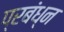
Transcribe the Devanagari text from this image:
प्रबंध्न